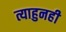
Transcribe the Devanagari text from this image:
त्याहुनही